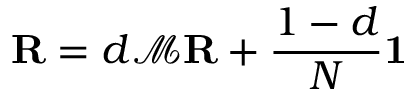
\mathbf { R } = d { \mathcal { M } } \mathbf { R } + { \frac { 1 - d } { N } } \mathbf { 1 }